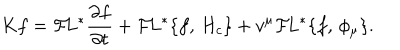
K f = { \cal F } \! L ^ { * } { \frac { \partial f } { \partial t } } + { \cal F } \! L ^ { * } \{ f , \, H _ { c } \} + v ^ { \mu } { \cal F } \! L ^ { * } \{ f , \, \phi _ { \mu } \} . \,